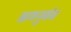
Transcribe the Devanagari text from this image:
ऋणनुबंध